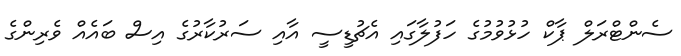
ސެންޓްރަލް ޕާކް ހުޅުވުމުގެ ހަފުލާގައި އެޗުޑީސީ އާއި ސަރުކާރުގެ އިސް ބައެއް ވެރިންގެ